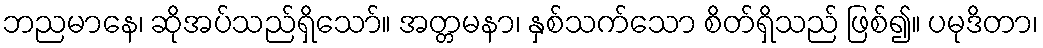
ဘညမာနေ၊ ဆိုအပ်သည်ရှိသော်။ အတ္တမနာ၊ နှစ်သက်သော စိတ်ရှိသည် ဖြစ်၍။ ပမုဒိတာ၊